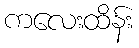
ကလေးထိန်း